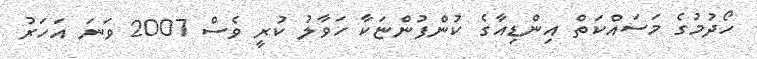
ހޯދުމުގެ މަސައްކަތް އިންޑިއާގެ ކުންފުންޏަކާ ހަވާލު ކުރީ ވެސް 2007 ވަނަ އަހަރު